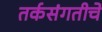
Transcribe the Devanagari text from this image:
तर्कसंगतीचे